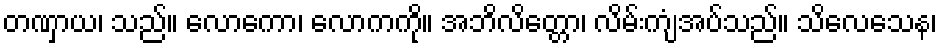
တဏှာယ၊ သည်။ လောကော၊ လောကကို။ အဘိလိတ္တော၊ လိမ်းကျံအပ်သည်။ သိလေသေန၊